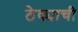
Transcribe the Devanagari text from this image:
ठेक्याची